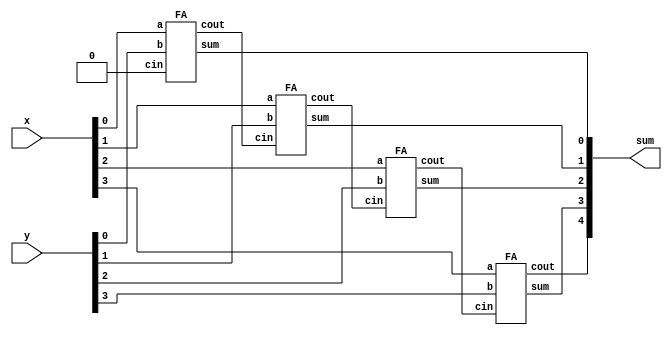
module top_module (
    input [3:0] x,
    input [3:0] y, 
    output [4:0] sum);
	
    wire [2:0] cout;
    FA f0(.a(x[0]),.b(y[0]),.cin(1'b0),.sum(sum[0]),.cout(cout[0]));
    FA f1(.a(x[1]),.b(y[1]),.cin(cout[0]),.sum(sum[1]),.cout(cout[1]));
    FA f2(.a(x[2]),.b(y[2]),.cin(cout[1]),.sum(sum[2]),.cout(cout[2]));
    FA f3(.a(x[3]),.b(y[3]),.cin(cout[2]),.sum(sum[3]),.cout(sum[4]));
endmodule

module FA(
	input a,b,
    input cin,
    output cout,sum
);
    assign {cout,sum} = a+b+cin;
    
endmodule